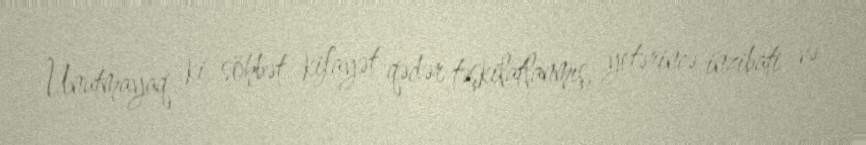
Unutmayaq ki, söhbət kifayət qədər təşkilatlanmış, yetərincə inzibati və